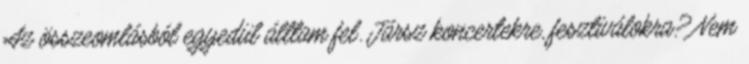
Az összeomlásból egyedül álltam fel. Jársz koncertekre, fesztiválokra? Nem